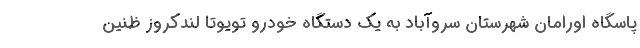
پاسگاه اورامان شهرستان سروآباد به یک دستگاه خودرو تویوتا لندکروز ظنین